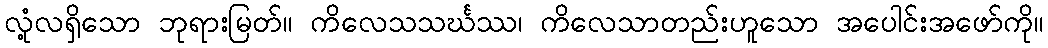
လုံ့လရှိသော ဘုရားမြတ်။ ကိလေသသင်္ဃဿ၊ ကိလေသာတည်းဟူသော အပေါင်းအဖော်ကို။